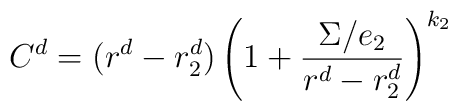
C^{d}=(r^{d}-r_{2}^{d})\left(1+{\Sigma/e_{2}\over r^{d}-r_{2}^{d}}\right)^{k_{2}}